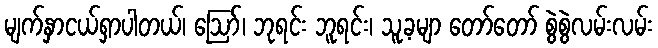
မျက်နှာငယ်ရှာပါတယ်၊ ဪ၊ ဘုရင်း ဘူရင်း၊ သူ့ခမျာ တော်တော် စွဲစွဲလမ်းလမ်း